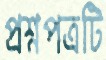
প্রশ্নপত্রটি